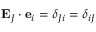
\ \mathbf { E } _ { J } \cdot \mathbf { e } _ { i } = \delta _ { J i } = \delta _ { i J }